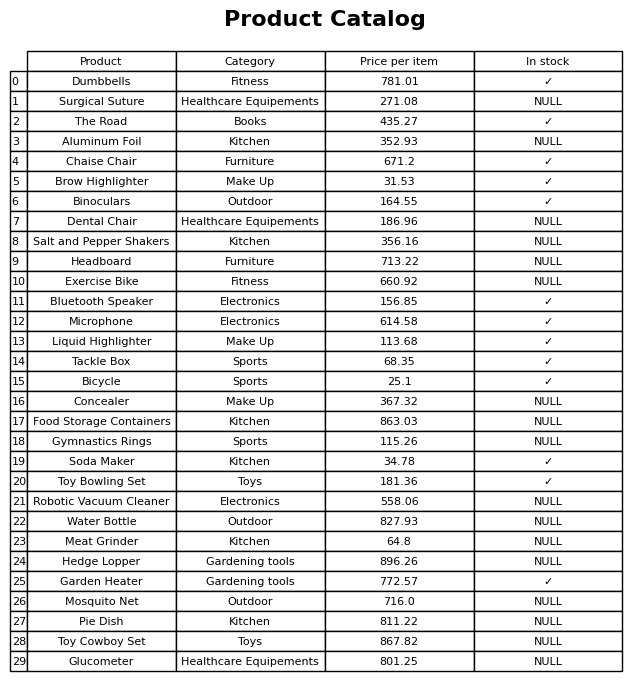
question: What is the price of the Gymnastics Rings?
answer: The price of Gymnastics Rings is 115.26.